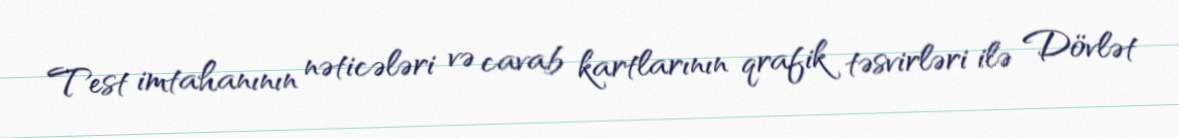
Test imtahanının nəticələri və cavab kartlarının qrafik təsvirləri ilə Dövlət